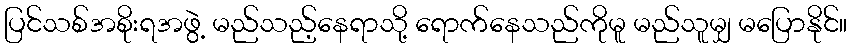
ပြင်သစ်အစိုးရအဖွဲ့ မည်သည့်နေရာသို့ ရောက်နေသည်ကိုမူ မည်သူမျှ မပြောနိုင်။